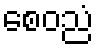
စေဝညံ